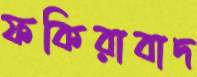
ফকিরাবাদ